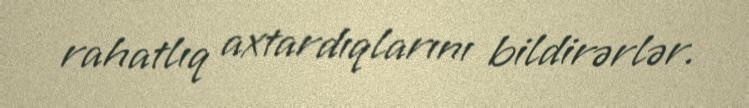
rahatlıq axtardıqlarını bildirərlər.